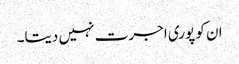
ان کو پوری اجرت نہیں دیتا۔